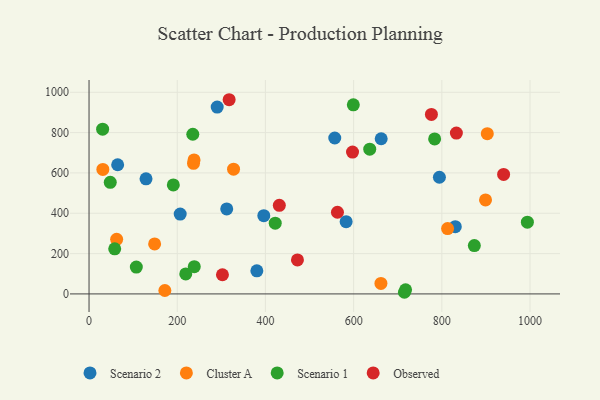
{"axis": {"x": "Speed", "y": "Fuel Efficiency"}, "legend": ["Cluster A", "Observed", "Scenario 1", "Scenario 2"], "data": [{"x": "830.5", "y": 333.7, "type": "Scenario 2"}, {"x": "583.0", "y": 358.1, "type": "Scenario 2"}, {"x": "794.5", "y": 578.7, "type": "Scenario 2"}, {"x": "206.7", "y": 396.2, "type": "Scenario 2"}, {"x": "64.9", "y": 640.6, "type": "Scenario 2"}, {"x": "290.6", "y": 926.4, "type": "Scenario 2"}, {"x": "396.3", "y": 387.8, "type": "Scenario 2"}, {"x": "380.5", "y": 114.6, "type": "Scenario 2"}, {"x": "557.2", "y": 773.3, "type": "Scenario 2"}, {"x": "662.5", "y": 769.5, "type": "Scenario 2"}, {"x": "312.2", "y": 421.5, "type": "Scenario 2"}, {"x": "129.2", "y": 570.8, "type": "Scenario 2"}, {"x": "171.9", "y": 16.9, "type": "Cluster A"}, {"x": "62.6", "y": 270.5, "type": "Cluster A"}, {"x": "661.9", "y": 52.0, "type": "Cluster A"}, {"x": "238.1", "y": 664.5, "type": "Cluster A"}, {"x": "813.1", "y": 323.8, "type": "Cluster A"}, {"x": "148.7", "y": 247.8, "type": "Cluster A"}, {"x": "327.7", "y": 618.8, "type": "Cluster A"}, {"x": "899.1", "y": 466.1, "type": "Cluster A"}, {"x": "236.9", "y": 647.7, "type": "Cluster A"}, {"x": "31.3", "y": 617.5, "type": "Cluster A"}, {"x": "903.1", "y": 794.5, "type": "Cluster A"}, {"x": "994.0", "y": 356.0, "type": "Scenario 1"}, {"x": "238.6", "y": 134.9, "type": "Scenario 1"}, {"x": "636.5", "y": 717.9, "type": "Scenario 1"}, {"x": "219.3", "y": 99.3, "type": "Scenario 1"}, {"x": "873.7", "y": 239.9, "type": "Scenario 1"}, {"x": "235.3", "y": 791.8, "type": "Scenario 1"}, {"x": "599.3", "y": 937.8, "type": "Scenario 1"}, {"x": "48.1", "y": 553.5, "type": "Scenario 1"}, {"x": "191.1", "y": 540.6, "type": "Scenario 1"}, {"x": "107.2", "y": 133.2, "type": "Scenario 1"}, {"x": "30.8", "y": 817.0, "type": "Scenario 1"}, {"x": "58.2", "y": 223.7, "type": "Scenario 1"}, {"x": "783.7", "y": 768.6, "type": "Scenario 1"}, {"x": "715.2", "y": 8.1, "type": "Scenario 1"}, {"x": "422.2", "y": 350.8, "type": "Scenario 1"}, {"x": "717.8", "y": 20.1, "type": "Scenario 1"}, {"x": "940.1", "y": 592.7, "type": "Observed"}, {"x": "597.5", "y": 703.5, "type": "Observed"}, {"x": "317.7", "y": 963.1, "type": "Observed"}, {"x": "302.5", "y": 95.0, "type": "Observed"}, {"x": "431.5", "y": 439.5, "type": "Observed"}, {"x": "776.4", "y": 890.3, "type": "Observed"}, {"x": "833.0", "y": 797.7, "type": "Observed"}, {"x": "472.6", "y": 168.4, "type": "Observed"}, {"x": "563.3", "y": 405.0, "type": "Observed"}]}